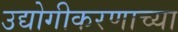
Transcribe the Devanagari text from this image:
उद्योगीकरणाच्या